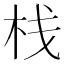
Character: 栈